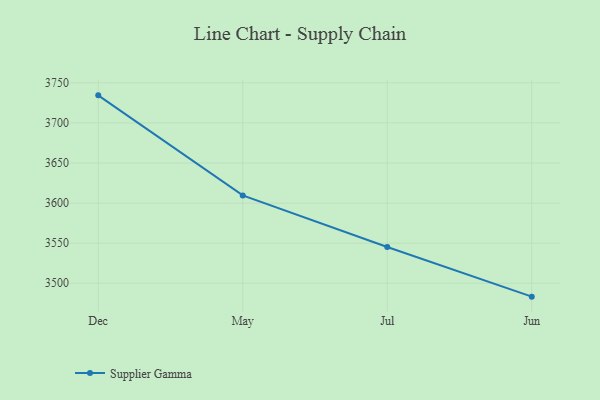
{"axis": {"x": "Month", "y": "Operating Costs (USD K)"}, "legend": ["Supplier Gamma"], "data": [{"x": "Dec", "y": 3734.4, "type": "Supplier Gamma"}, {"x": "May", "y": 3609.5, "type": "Supplier Gamma"}, {"x": "Jul", "y": 3545.1, "type": "Supplier Gamma"}, {"x": "Jun", "y": 3483.2, "type": "Supplier Gamma"}]}